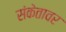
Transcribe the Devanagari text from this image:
संकेतावर